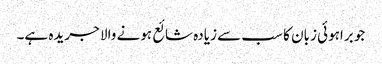
جو براہوئی زبان کا سب سے زیادہ شائع ہونے والا جریدہ ہے۔